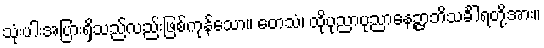
သုံးပါးအပြားရှိသည်လည်းဖြစ်ကုန်သော။ တေသံ၊ ထိုပုညာပုညာနေဉ္ဇာဘိသင်္ခါရတို့အား။